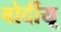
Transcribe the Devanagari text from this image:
बोर्दीयू